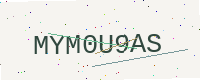
Text: MYM0U9AS